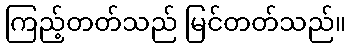
ကြည့်တတ်သည် မြင်တတ်သည်။